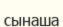
сынаша